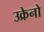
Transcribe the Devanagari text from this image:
उक्रेनो